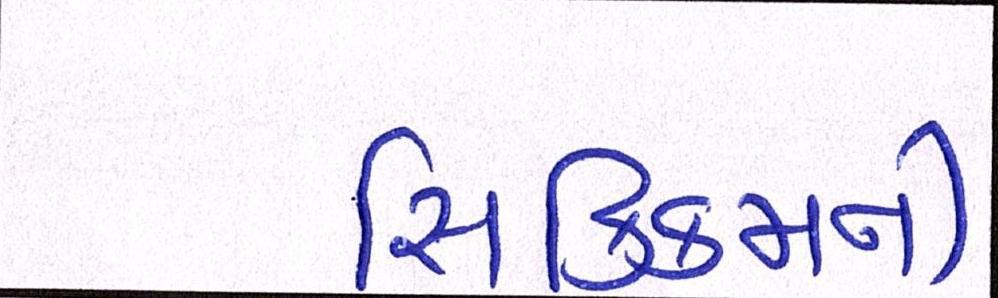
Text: સિક્કિમની